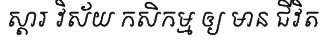
ស្តារ វិស័យ កសិកម្ម ឲ្យ មាន ជីវិត